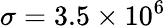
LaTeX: \sigma=3.5\times 10^{6}